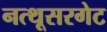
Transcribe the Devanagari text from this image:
नत्थूसरगेट